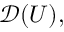
{ \mathcal { D } } ( U ) ,